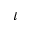
\iota